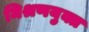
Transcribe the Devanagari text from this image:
मिश्रणयुक्त